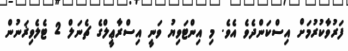
ފަރުވާކުރުމަށް އިސްކަންދެވެ އެވެ. މި އިންޓަވިޔު ވަނީ އިސްރާޢީލްގެ ޗެނަލް 2 ޓެލެވިޜަނުން